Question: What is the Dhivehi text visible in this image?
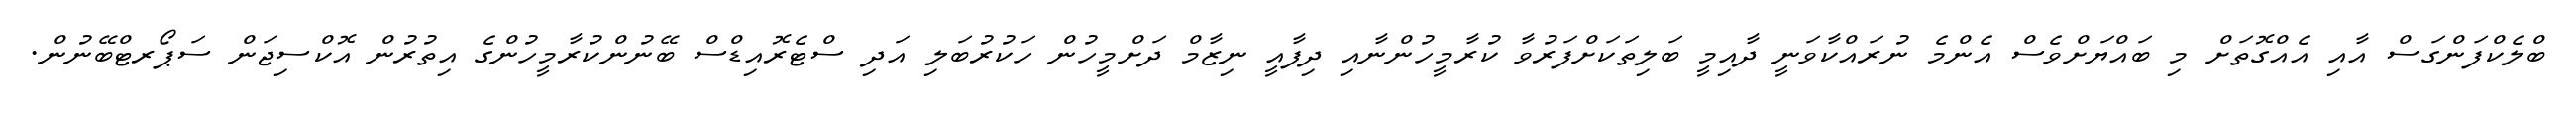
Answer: ބްލެކްފަންގަސް އާއި އެއްގޮތަށް މި ބައްޔަށްވެސް އެންމެ ނުރައްކާވަނީ ދާއިމީ ބަލިތަކަށްފަރުވާ ކުރާމީހުންނާއި ދިފާއީ ނިޒާމް ދަށްމީހުން ހަކުރުބަލި އަދި ސްޓެރޮއިޑްސް ބޭނުންކުރާމީހުންގެ އިތުރުން އޮކްސިޖަން ސަޕޯރޓްބޭނުން.